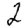
Digit: 2